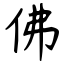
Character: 佛